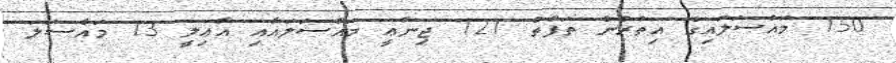
150 މައްސަލައިގެ އިތުރުން ތަފާތު 121 ޖިނާޢީ މައްސަލައާއި އާޢިލީ 13 މައްސަލަ